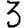
Digit: 3